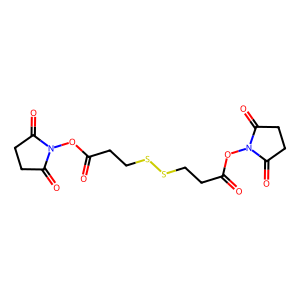
SMILES: O=C(CCSSCCC(=O)ON1C(=O)CCC1=O)ON1C(=O)CCC1=O
Inhibits HIV replication: No